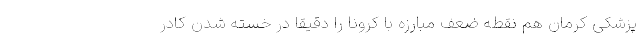
پزشکی کرمان هم نقطه ضعف مبارزه با کرونا را دقیقا در خسته شدن کادر